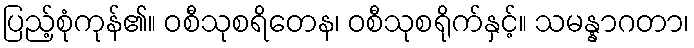
ပြည့်စုံကုန်၏။ ဝစီသုစရိတေန၊ ဝစီသုစရိုက်နှင့်။ သမန္နာဂတာ၊